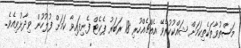
މަސްތުވާތަކެތިކަމަށް ޝައްކުކުރެވޭ އެއްޗެއްހުރި 18 ރަބަރު ޕެކެޓް ފެނިފައިވާ ކަމަށް ފުލުހުން ވިދާޅުވިއެވެ.